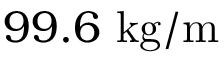
9 9 . 6 ~ \mathrm { k g } / \mathrm { m }